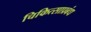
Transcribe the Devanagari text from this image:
चिकित्साप्रबंध